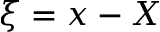
\xi = x - X